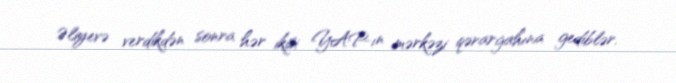
Əliyevə verdikdən sonra hər ikisi YAP-ın mərkəzi qərargahına gediblər.